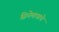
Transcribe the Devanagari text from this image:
सिनेमायाचे